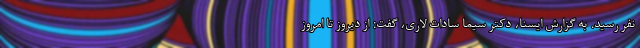
نفر رسید. به گزارش ایسنا، دکتر سیما سادات لاری، گفت: از دیروز تا امروز